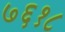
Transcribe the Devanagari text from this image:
७६१८